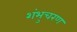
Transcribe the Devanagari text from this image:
शंभुचरण